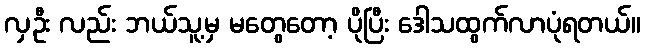
လှဦး လည်း ဘယ်သူ့မှ မတွေတော့ ပိုပြီး ဒေါသထွက်လာပုံရတယ်။